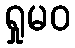
ရှုမဝ